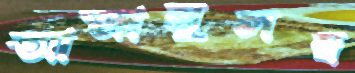
আজানুলম্ব